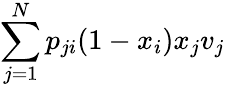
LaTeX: \sum_{j=1}^{N}p_{ji}(1-x_{i})x_{j}v_{j}